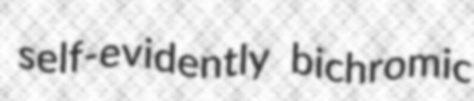
self-evidently bichromic